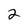
Character: 2